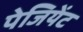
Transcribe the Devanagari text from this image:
पेजियेंट